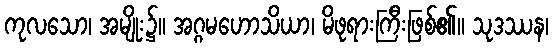
ကုလသော၊ အမျိုး၌။ အဂ္ဂမဟောသိယာ၊ မိဖုရားကြီးဖြစ်၏။ သုဒဿန၊